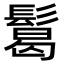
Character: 𩮂